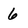
Character: 6